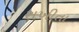
રાખીતા